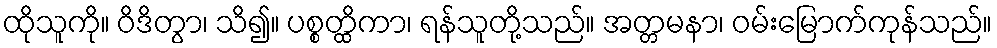
ထိုသူကို။ ဝိဒိတွာ၊ သိ၍။ ပစ္စတ္ထိကာ၊ ရန်သူတို့သည်။ အတ္တမနာ၊ ဝမ်းမြောက်ကုန်သည်။